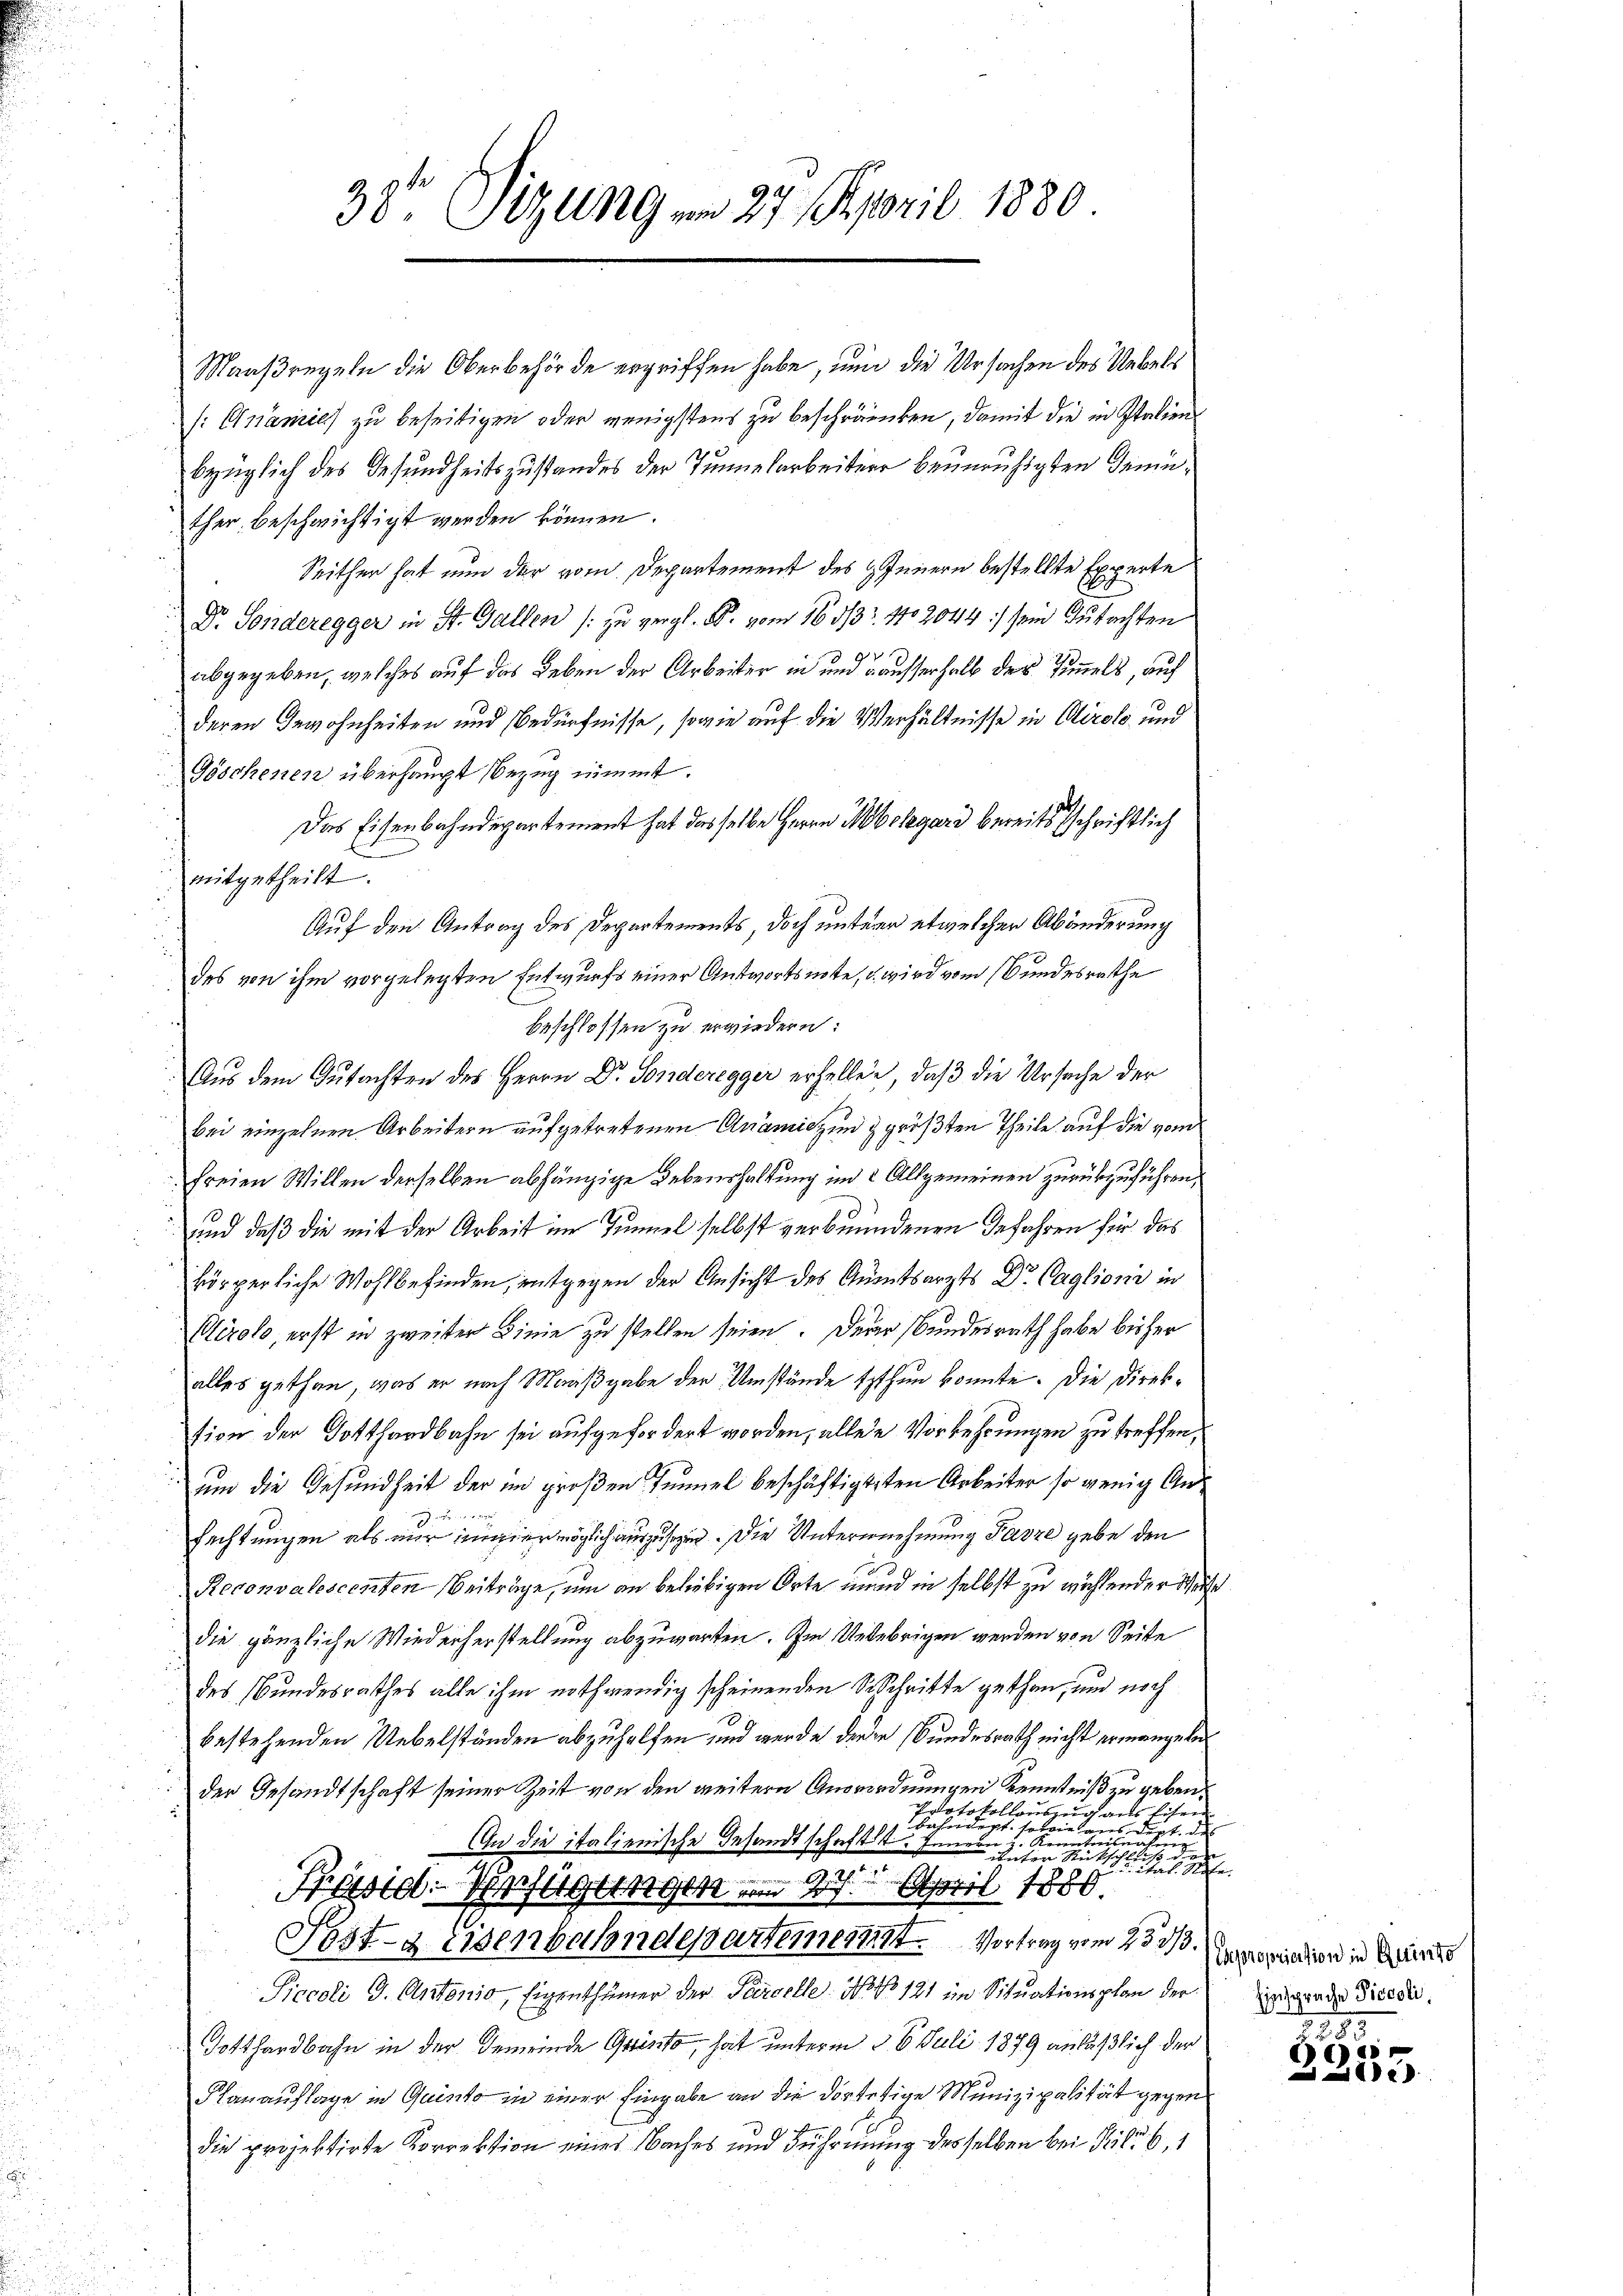
Maaßregeln die Oberbehörde ergriffen habe, nun die Ursachen des Uebels
[:Ananie zu beseitigen oder wenigstens zu beschränken, damit die in Italien
bezüglich des Gesundheitszustandes der Tunnelarbeiter beunruhigten Gemüther beschwichtigt werden können.
Seither hat nun der vom Departement des Innern bestellte Experte
Dr. Sonderegger in St. Gallen /: zu vergl. R. vom 16. 513. 1102044 :/ sein Gutachten

abgegeben, welches auf das Leben der Arbeiter in und Bausserhalb des Zimmels, auf
deren Gewohnheiten und Bedürfnisse, sowie auf die Verhältnisse in Airolo und
Göschenen überhaupt Bezug nimmt.
Das Eisenbahndepartement hat das selbe Herrn Molegard bereits schriftlich
mitgetheilt.
Auf den Antrag des Departements, doch untern etwelcher Abänderung
des von ihm vorgelegten Entwurfs einer Antwortsnote, u. wird vom Bundesrathe
beschlossen zu erwiedern:
Aus dem Gutachten des Herrn Dr. Sonderegger erhellen, daß die Ursache der
bei einzelnen Arbeitern aufgetretenen Anamiszen & größten Theile auf die von
freien Willen derselben abhängige Lebenshaltung im 2. Allgemeinen zurückzuführen,
und daß die mit der Arbeit im Tunnel selbst verbrundenen Gefahren für das
körperliche Wohlbefinden, entgegen der Ansicht des Amtsarzts Dr. Caglioni in
Ctirolo, erst in zweiter Linie zu stellen seien. Derer Bundesrath habe bisher
alles gethan, was er nach Maaßgabe der Umstände tzthun konnte. Die Direksion der Gotthardbahn sei aufgefordert worden, allen Vorkehrungen zu treffen,
um die Gesundheit der im großen Tunnel beschäftigten Arbeiter so wenig An¬
  wird
fachtungen als mir invermöglich auszusehen. Die Unternehmung Parze gebe den
Reconvalescenten Beiträge, um an beliebigen Orte mund in selbst zu wählender Weise
die gänzliche Wiederherstellung abzuwarten. Im Uebebrigen werden von Seite
d
des Bundesrathes alle ihm nothwendig scheinenden Beschritte gethan, und noch
bestehenden Uebelständen abzuhelfen und werde der in Bundesrath nicht ermangete
der Gesandtschaft seiner Zeit von den weitere Ansordnungen Kenntniß zu geben.
Protokollauszug aus Eisen
bahndept, so konnten einen d. d
An die italienische Gesandtschaftst. Innern u. Kenntnisnahm
d
unter Rückschließ
chiat. Riffe.
7
Präsid. Verfügungen am 27. April 1880.
Post- & Eisenbahndepartement. Vortrag vom 4ten Ausspendien in Bes
Piccoli J. Antonio, Eigenthümer der Parcelle No. No 121 im Situationsplan der
Totthardbahn in der Gemeinde Quisto, hat unterm 3. 6. Juli 1879 anläßlich der
Flanauflage in Quisto in einer Eingabe an die dortetige Munizipalität gegen
die projektirte Korrektion eines Naches und Führung desselben bei Pile 6, 1

38 Sizung am 27. April 1880

Einsprache Piccoli.

255
e
e